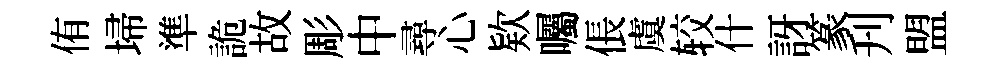
侑埽準詭故彫中尋心欵囑倀虞较什訝篆刋盟